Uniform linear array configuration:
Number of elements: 8
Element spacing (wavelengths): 0.5
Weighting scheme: hann
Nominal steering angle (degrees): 60
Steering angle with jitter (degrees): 58.73
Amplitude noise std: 0.05
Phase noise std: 0.05

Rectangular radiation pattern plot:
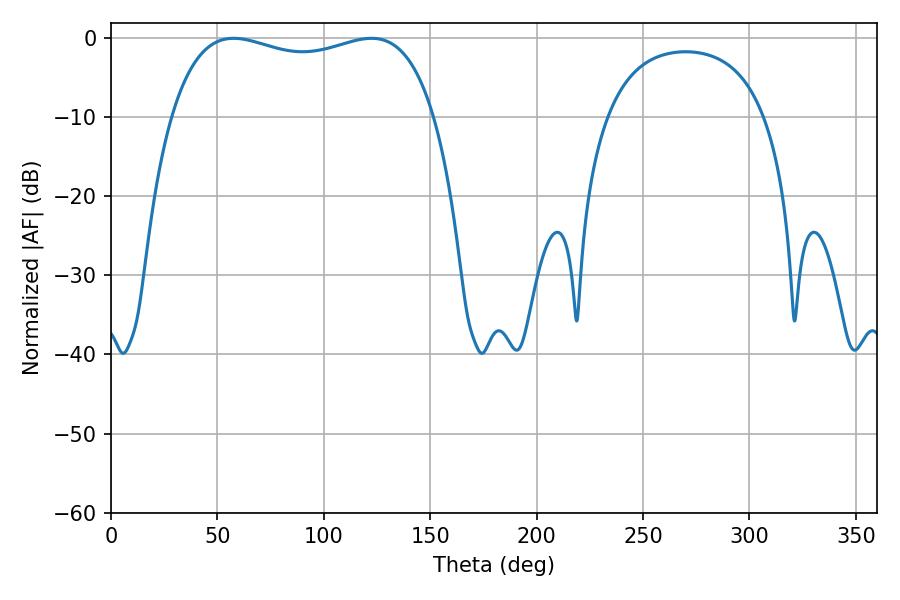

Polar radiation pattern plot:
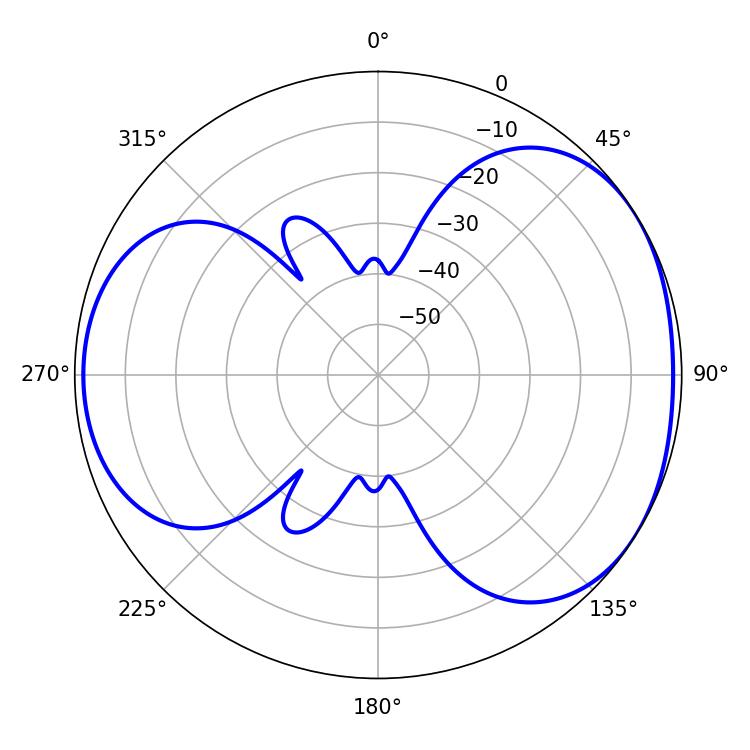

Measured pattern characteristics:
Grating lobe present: FALSE
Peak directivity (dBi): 4.146
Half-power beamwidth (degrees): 100.8
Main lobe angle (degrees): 57.6